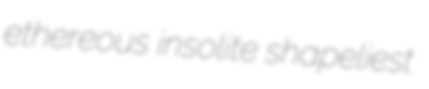
ethereous insolite shapeliest